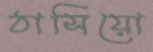
ঠাসিয়ো